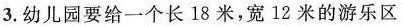
3.幼儿园要给一个长18米，宽12米的游乐区